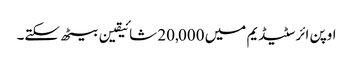
اوپن ائر سٹیڈیم میں 20,000 شائیقین بیٹھ سکتے۔